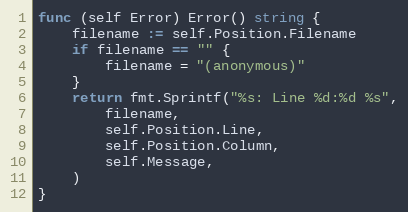
Language: Go
func (self Error) Error() string {
	filename := self.Position.Filename
	if filename == "" {
		filename = "(anonymous)"
	}
	return fmt.Sprintf("%s: Line %d:%d %s",
		filename,
		self.Position.Line,
		self.Position.Column,
		self.Message,
	)
}